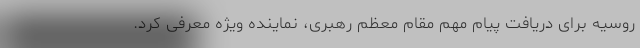
روسیه برای دریافت پیام مهم مقام معظم رهبری، نماینده ویژه معرفی کرد.